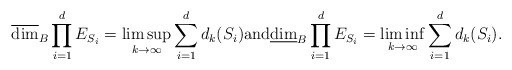
\begin{align*}\overline{\dim}_B\prod_{i=1}^dE_{S_i}=\limsup_{k\rightarrow\infty}\sum_{i=1}^dd_k(S_i)\mbox{and} \underline{\dim}_B\prod_{i=1}^dE_{S_i}=\liminf_{k\rightarrow\infty}\sum_{i=1}^dd_k(S_i).\end{align*}